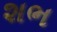
શભ